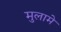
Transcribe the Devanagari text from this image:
मुलामे